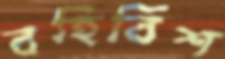
বহির্বিশ